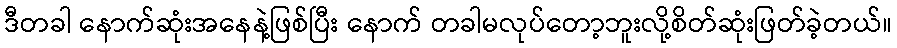
ဒီတခါ နောက်ဆုံးအနေနဲ့ဖြစ်ပြီး နောက် တခါမလုပ်တော့ဘူးလို့စိတ်ဆုံးဖြတ်ခဲ့တယ်။